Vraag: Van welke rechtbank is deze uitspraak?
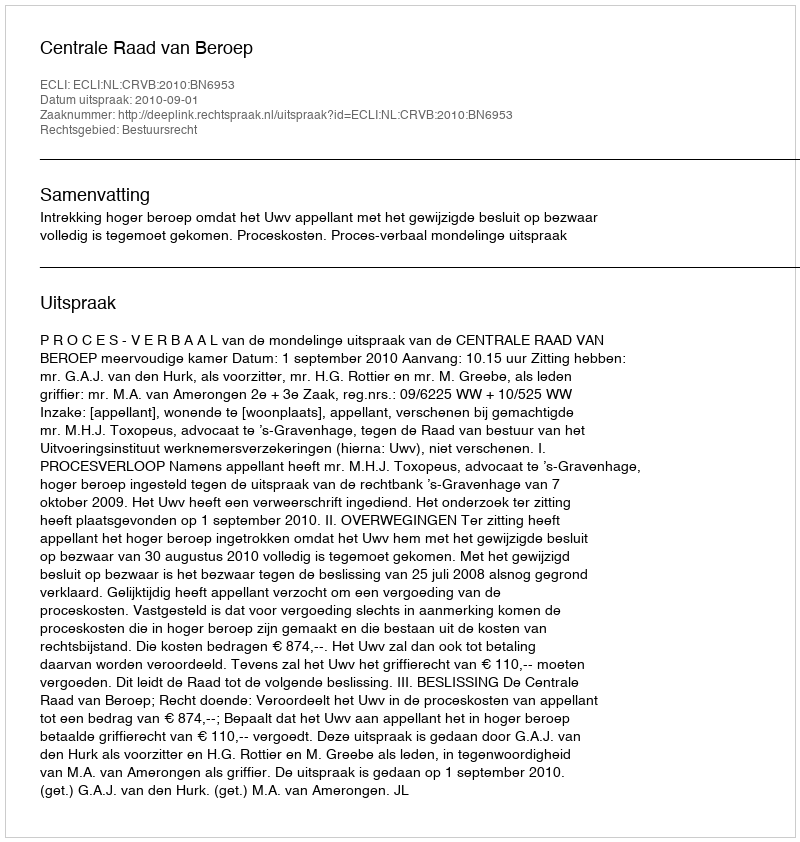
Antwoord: Centrale Raad van Beroep